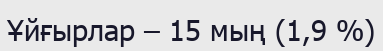
Ұйғырлар – 15 мың (1,9 %)